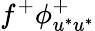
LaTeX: f^{+}\phi_{u^{*}u^{*}}^{+}